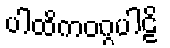
ပါထိကဝဂ္ဂပါဠိ